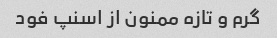
گرم و تازه ممنون از اسنپ فود